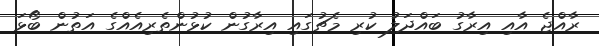
ރާއްޖެ އާއި އިރާގު ބައްދަލު ކުރި މެޗުގައި އިރާގުން ކުޅުންތެރިއެއްގެ އަތުން ބޯޅަ